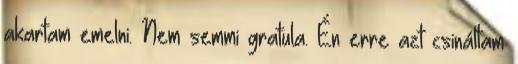
akartam emelni. Nem semmi gratula. Én erre azt csináltam